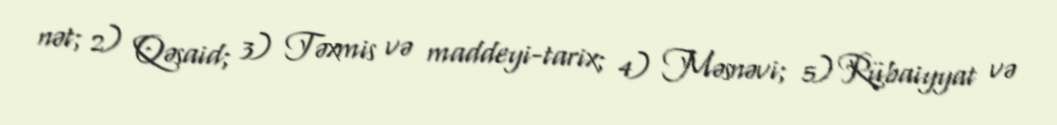
nət; 2) Qəsaid; 3) Təxmis və maddeyi-tarix; 4) Məsnəvi; 5) Rübaiyyat və